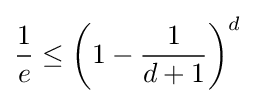
{\frac {1}{e}}\leq \left(1-{\frac {1}{d+1}}\right)^{d}